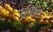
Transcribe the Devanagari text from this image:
प्रविष्टः